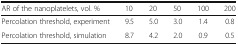
| AR of the nanoplatelets, vol. % | 10 | 20 | 50 | 100 | 200 |
 | --- | --- | --- | --- | --- | --- |
 | Percolation threshold, experiment | 9.5 | 5.0 | 3.0 | 1.4 | 0.8 |
 | Percolation threshold, simulation | 8.7 | 4.2 | 2.0 | 0.9 | 0.5 |